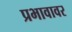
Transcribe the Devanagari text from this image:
प्रभावावर